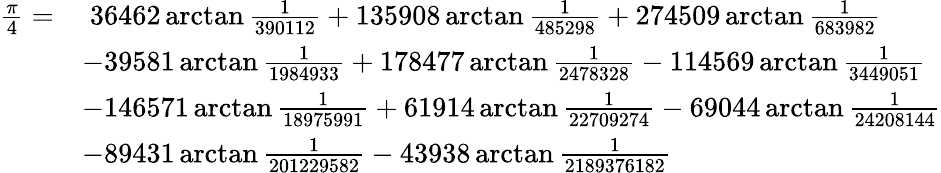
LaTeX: {\begin{array}{rl}{{\frac{\pi}{4}}=}&{\; 36462\arctan{\frac{1}{390112}}+135908\arctan{\frac{1}{485298}}+274509\arctan{\frac{1}{683982}}}\\ &{-39581\arctan{\frac{1}{1984933}}+178477\arctan{\frac{1}{2478328}}-114569\arctan{\frac{1}{3449051}}}\\ &{-146571\arctan{\frac{1}{18975991}}+61914\arctan{\frac{1}{22709274}}-69044\arctan{\frac{1}{24208144}}}\\ &{-89431\arctan{\frac{1}{201229582}}-43938\arctan{\frac{1}{2189376182}}}\end{array}}